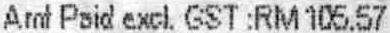
AMT PAID EXCL. GST :RM 105.57